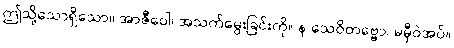
ဤသို့သောရှိသော။ အာဇီဝေါ၊ အသက်မွေးခြင်းကို။ န သေဝိတဗ္ဗော၊ မမှီဝဲအပ်။